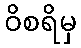
ဝိစရိမှ